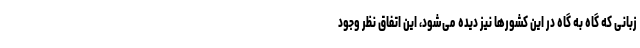
زبانی که گاه به گاه در این کشورها نیز دیده می‌شود، این اتفاق نظر وجود